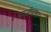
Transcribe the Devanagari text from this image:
आजीवासन